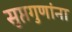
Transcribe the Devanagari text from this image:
सुप्तगुणांना